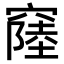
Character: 𥨁